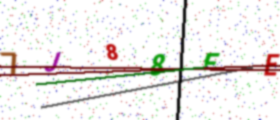
Text: 7J88FE